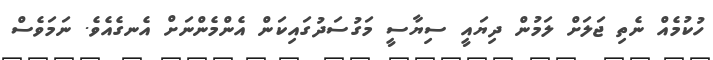
ހުކުމެއް ނެތި ޖަލަށް ލަމުން ދިޔައީ ސިޔާސީ މަގުސަދުގައިކަން އެންމެންނަށް އެނގެއެވެ. ނަމަވެސް